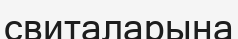
свиталарына